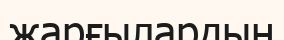
жарғылардың